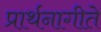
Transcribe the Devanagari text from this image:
प्रार्थनागीते